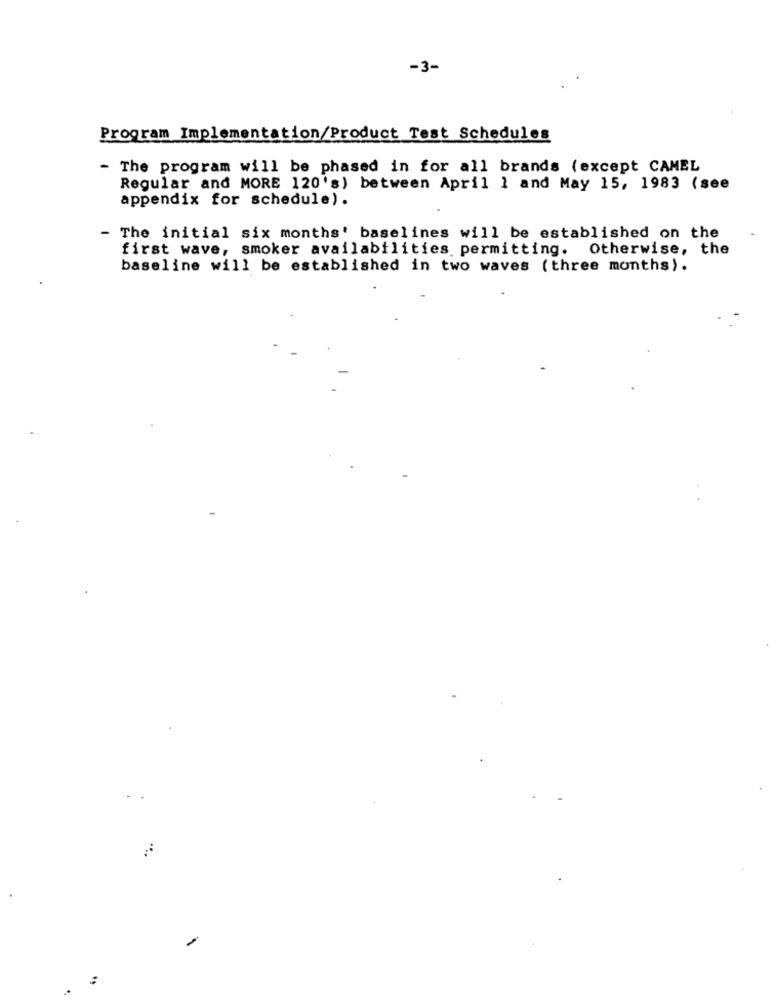
-3-
Program Implementation/Product Test Schedules
- The program will be phased in for all brands (except CAMEL
Regular and MORE 120's) between April 1 and May 15, 1983 (see
appendix for schedule).
- The initial six months' baselines will be established on the
first wave, smoker availabilities permitting.
Otherwise, the
baseline will be established in two waves (three months).